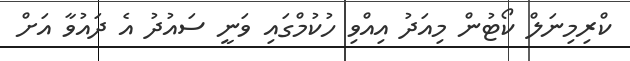
ކްރިމިނަލް ކޯޓުން މިއަދު އިއްވި ހުކުމްގައި ވަނީ ސައުދު އެ ދައުވާ އަށް